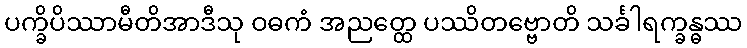
ပက္ခိပိဿာမီတိအာဒီသု ဝဓကံ အညတ္ထေ ပဿိတဗ္ဗောတိ သင်္ခါရက္ခန္ဓဿ